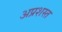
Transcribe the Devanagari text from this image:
अप्रशस्त